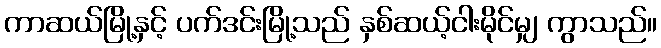
ကာဆယ်မြို့နှင့် ပက်ဒင်းမြို့သည် နှစ်ဆယ့်ငါးမိုင်မျှ ကွာသည်။